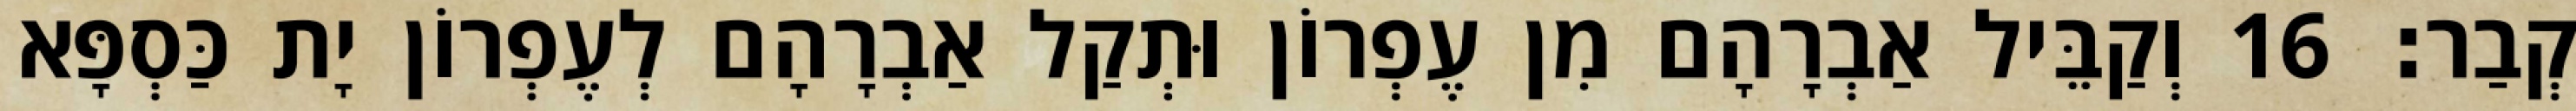
קְבַר׃ 16 וְקַבֵּיל אַבְרָהָם מִן עֶפְרוֹן וּתְקַל אַבְרָהָם לְעֶפְרוֹן יָת כַּסְפָּא